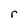
Character: r